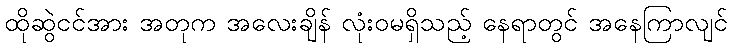
ထိုဆွဲငင်အား အတုက အလေးချိန် လုံးဝမရှိသည့် နေရာတွင် အနေကြာလျင်